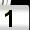
Digit: 1